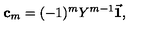
{ \bf c } _ { m } = ( - 1 ) ^ { m } Y ^ { m - 1 } { \vec { \bf 1 } } , \label c